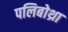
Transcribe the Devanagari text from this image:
पलिबोथ्रा